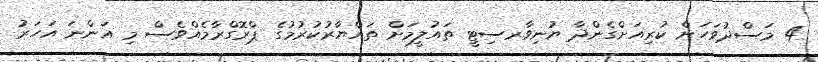
4 މަސްދުވަހަށް ކުރިއަށްގެންދާ ޔުނިވާރސިޓީ ތައުލީމަށް ތައްޔާރުކުރުމުގެ ޕްރޮގްރާމެއްވެސް މި އަންނަ އަހަރު